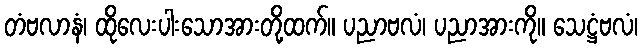
တံဗလာနံ၊ ထိုလေးပါးသောအားတို့ထက်။ ပညာဗလံ၊ ပညာအားကို။ သေဋ္ဌံဗလံ၊